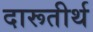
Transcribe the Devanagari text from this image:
दारूतीर्थ